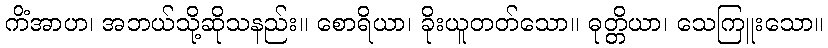
ကိံအာဟ၊ အဘယ်သို့ဆိုသနည်း။ စောရိယာ၊ ခိုးယူတတ်သော။ ဓုတ္တိယာ၊ သေကြူးသော။